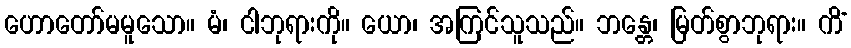
ဟောတော်မမူသော။ မံ၊ ငါဘုရားကို။ ယော၊ အကြင်သူသည်။ ဘန္တေ၊ မြတ်စွာဘုရား။ ကိံ